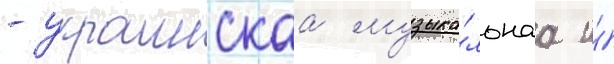
- украинскаа музыка́льнаа и́